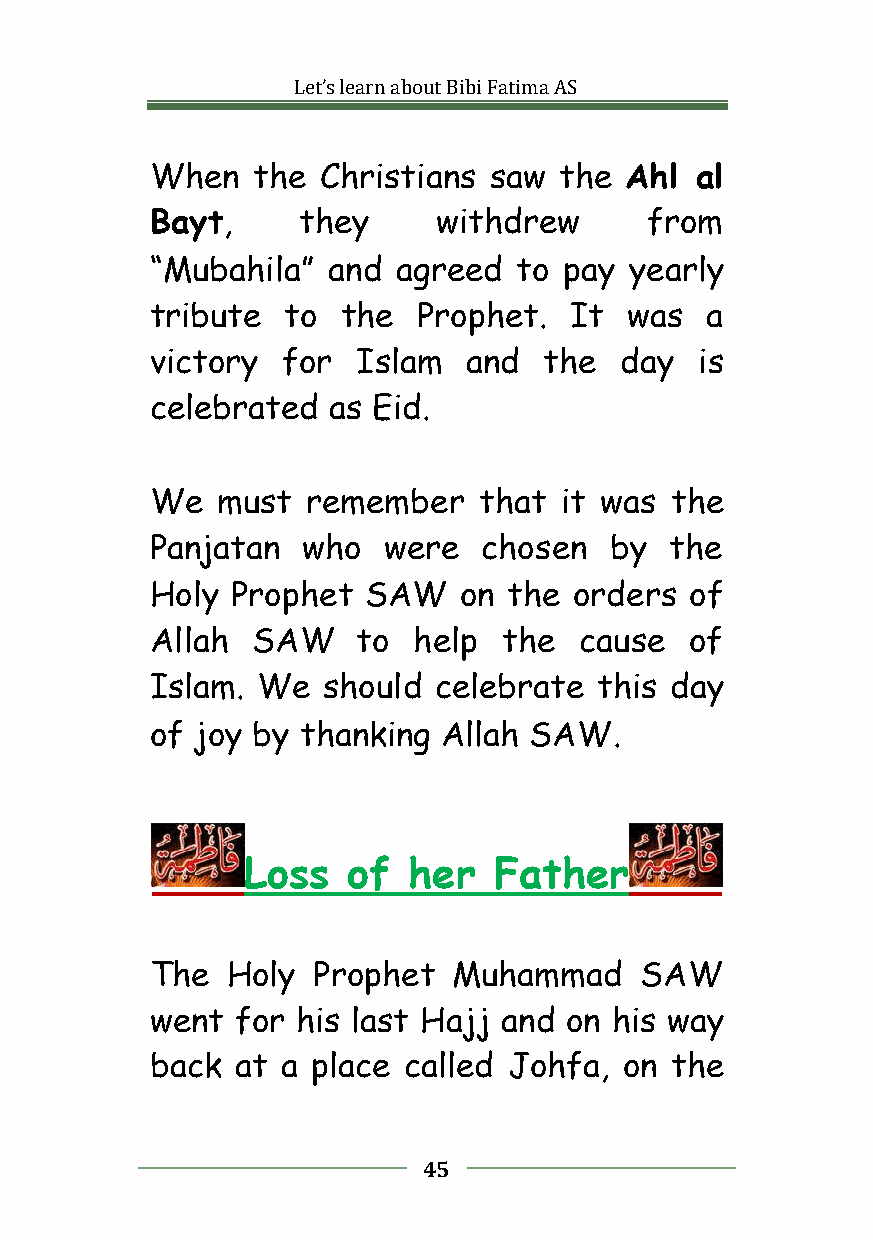
Let’slearnaboutBibiFatimaAS
 When   the Christians saw  the Ahl  al
 Bayt,     they     withdrew      from
 “Mubahila”  and agreed  to pay  yearly
 tribute  to  the  Prophet.  It  was  a
 victory  for  Islam  and  the  day  is
 celebrated  as Eid.
 We  must  remember    that it was the
 Panjatan  who  were   chosen  by  the
 Holy Prophet  SAW   on  the orders  of
 Allah  SAW    to help  the  cause   of
 Islam. We  should  celebrate  this day
 of joy by thanking Allah SAW.
 Loss   of  her   Father
 The  Holy  Prophet  Muhammad    SAW
 went  for his last Hajj and on his way
 back  at a place called Johfa, on the
 45